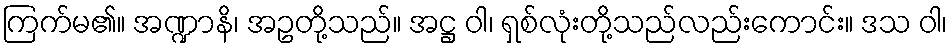
ကြက်မ၏။ အဏ္ဍာနိ၊ အဥတို့သည်။ အဋ္ဌ ဝါ၊ ရှစ်လုံးတို့သည်လည်းကောင်း။ ဒသ ဝါ၊